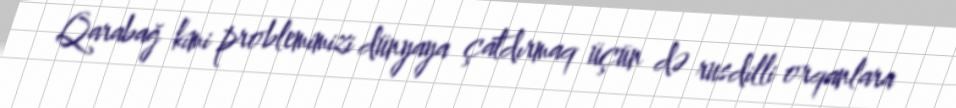
Qarabağ kimi problemimizi dünyaya çatdırmaq üçün də rusdilli orqanlara